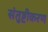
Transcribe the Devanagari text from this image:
संतुष्टीकरण